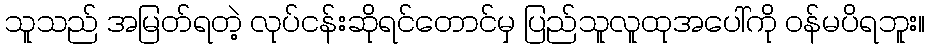
သူသည် အမြတ်ရတဲ့ လုပ်ငန်းဆိုရင်တောင်မှ ပြည်သူလူထုအပေါ်ကို ဝန်မပိရဘူး။